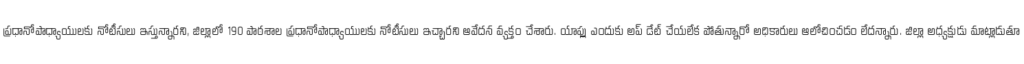
ప్రధానోపాధ్యాయులకు నోటీసులు ఇస్తున్నారని, జిల్లాలో 190 పాఠశాల ప్రధానోపాధ్యాయులకు నోటీసులు ఇచ్చారని ఆవేదన వ్యక్తం చేశారు. యాప్లు ఎందుకు అప్ డేట్ చేయలేక పోతున్నారో అధికారులు ఆలోచించడం లేదన్నారు. జిల్లా అధ్యక్షుడు మాట్లాడుతూ